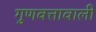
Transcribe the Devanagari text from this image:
गुणवत्तावाली